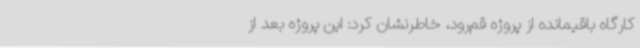
کارگاه باقیمانده از پروژه قم‌رود، خاطرنشان کرد: این پروژه بعد از